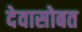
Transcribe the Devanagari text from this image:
देवासोबत